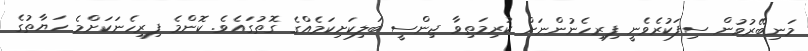
މަނިބޭރުވުން ސިފަކުރެވެނީ ފިރިހެނުންނަށް ކުރިމަތިވާ ޖިންސީ ބަލިކަށިކަމެއްގެ ގޮތުގައެވެ. ކޮންމެ ފިރިހެނަކަށްމެ ހަޔާތުގެ